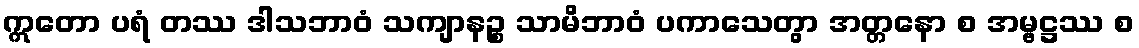
ဣတော ပရံ တဿ ဒါသဘာဝံ သကျာနဉ္စ သာမိဘာဝံ ပကာသေတွာ အတ္တနော စ အမ္ဗဋ္ဌဿ စ